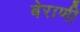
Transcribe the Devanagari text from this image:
बेराणी